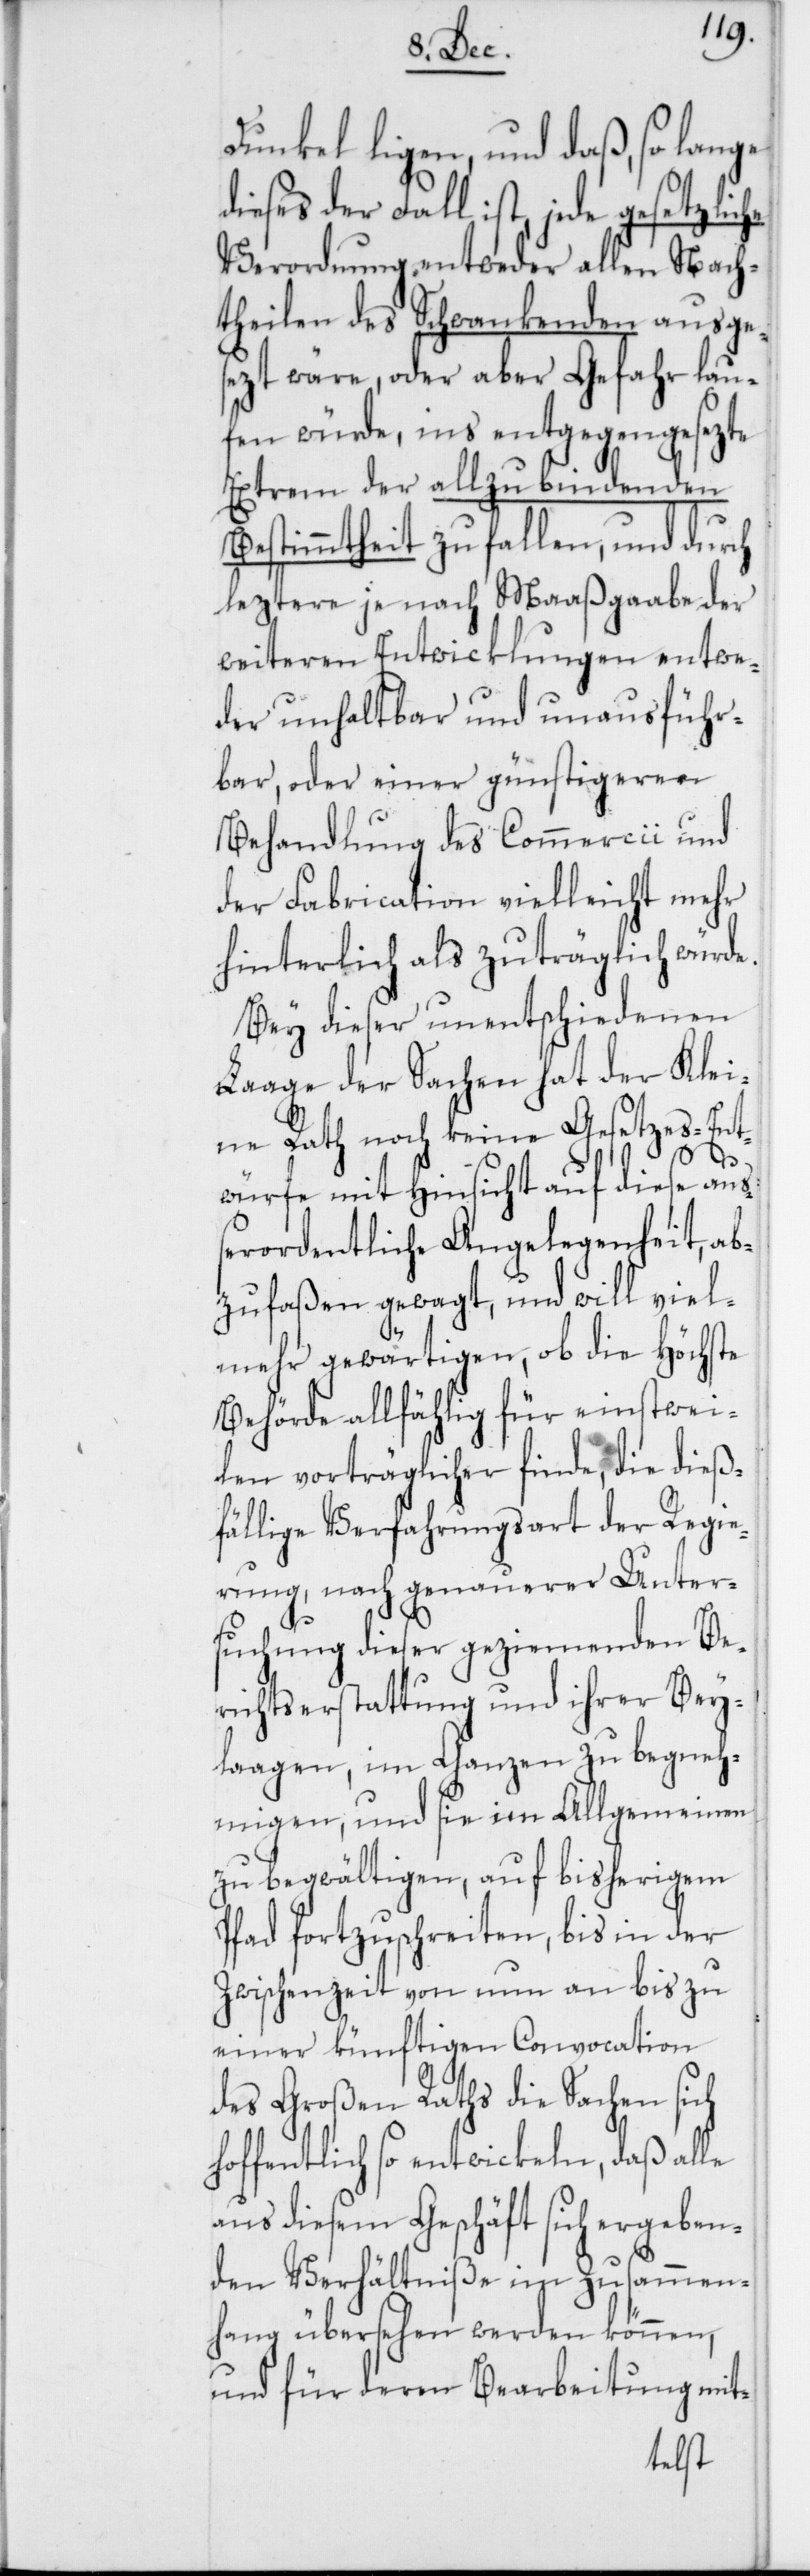
Dunkel liegen, und daß, so lange
dieses der Fall ist, jede gesetzliche
Verordnung entweder allen Nach¬
theilen des Schwankenden ausge¬
sezt wäre, oder aber Gefahr lau¬
fen würde, ins entgegengesezte
Extrem der allzu bindenden
Bestimmtheit zu fallen, und durch
leztere je nach Maaßgaabe der
weiteren Entwicklungen entwe¬
der unhaltbar und unausführ¬
bar, oder einer günstigeren
Behandlung des Commercii und
der Fabrication vielleicht mehr
hinterlich als zuträglich würde.
Bey dieser unentschiedenen
Laage der Sachen hat der Klei¬
ne Rath noch keine Gesetzes-Ent¬
würfe mit Hinsicht auf diese au¬
ßerordentliche Angelegenheit, ab¬
zufaßen gewagt, und will viel¬
mehr gewärtigen, ob die höchste
Behörde allfählig für einstwei¬
len vorträglicher finde, die dieß¬
fällige Verfahrungsart der Regie¬
rung, nach genauerer Unter¬
suchung dieser geziemenden Be¬
richtserstattung und ihrer Bey¬
laagen, im Ganzen zu begneh¬
migen, und sie im Allgemeinen
zu begwältigen, auf bisherigem
Pfad fortzuschreiten, bis in der
Zwischenzeit von nun an bis zu
einer künftigen Convocation
des Großen Raths die Sachen sich
hoffentlich so entwickeln, daß alle
aus diesem Geschäft sich ergeben¬
den Verhältniße im Zusammen¬
hang übersehen werden können,
und für deren Bearbeitung mit-